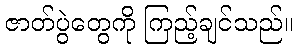
ဇာတ်ပွဲတွေကို ကြည့်ချင်သည်။